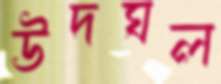
উদঘল